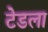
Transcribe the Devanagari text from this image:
टेडला